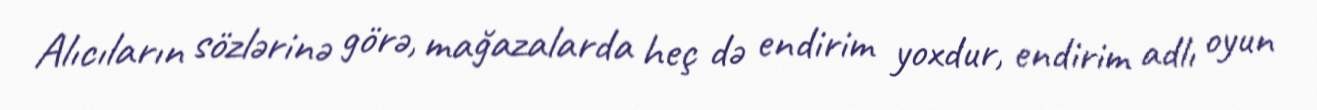
Alıcıların sözlərinə görə, mağazalarda heç də endirim yoxdur, endirim adlı oyun